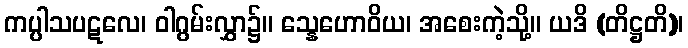
ကပ္ပါသပဋလေ၊ ဝါဂွမ်းလွှာ၌။ သ္နေဟောဝိယ၊ အစေးကဲ့သို့။ ယဒိ (တိဋ္ဌတိ)၊